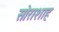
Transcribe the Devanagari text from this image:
सोराशाह